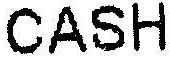
CASH